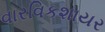
વારવિકશાયર